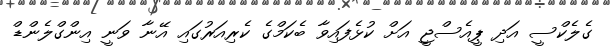
ގެލެކްސީ އަދި ޕީއެސްޖީ އަށް ކުޅެފައިވާ ބެކަމްގެ ކެރިއަރުގައި އޭނާ ވަނީ އިންގްލެންޑް